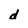
Character: d